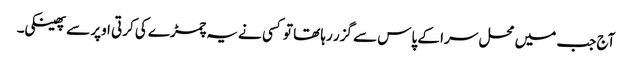
آج جب میں محل سرا کے پاس سے گزر رہا تھا تو کسی نے یہ چمڑے کی کرتی اوپر سے پھینکی۔